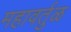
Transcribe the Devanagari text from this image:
महावर्तुळ